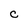
Character: C